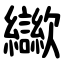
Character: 㱍